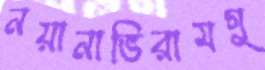
নয়ানাভিরামগু